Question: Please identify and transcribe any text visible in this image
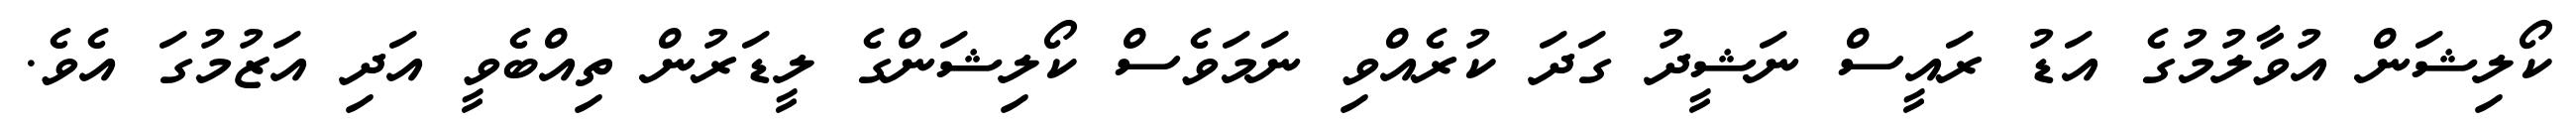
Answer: ކޯލިޝަން އުވާލުމުގެ އަޑު ރައީސް ނަޝީދު ގަދަ ކުރެއްވި ނަމަވެސް ކޯލިޝަންގެ ލީޑަރުން ތިއްބެވީ އަދި އަޒުމުގަ އެވެ.